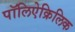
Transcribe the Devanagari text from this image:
पॉलिऐक्रिलिक